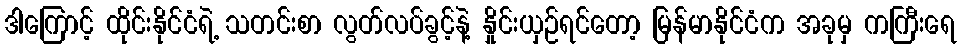
ဒါကြောင့် ထိုင်းနိုင်ငံရဲ့ သတင်းစာ လွတ်လပ်ခွင့်နဲ့ နှိုင်းယှဉ်ရင်တော့ မြန်မာနိုင်ငံက အခုမှ ကကြီးရေ